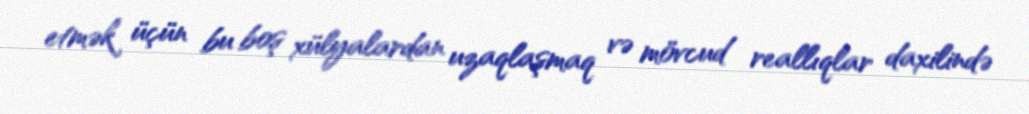
etmək üçün bu boş xülyalardan uzaqlaşmaq və mövcud reallıqlar daxilində